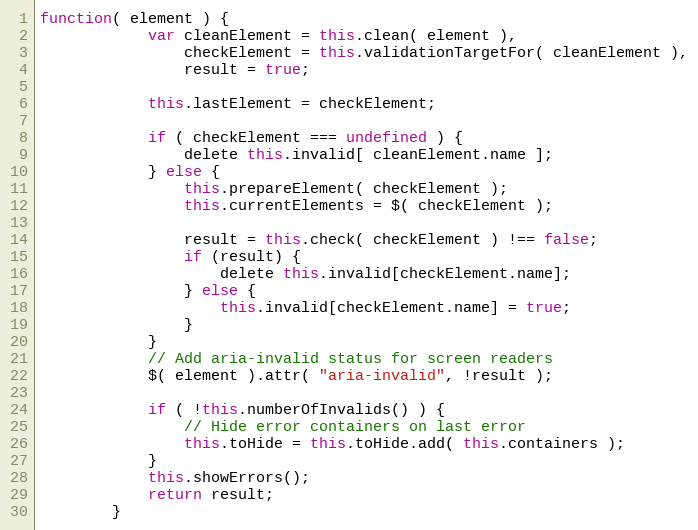
Language: JavaScript
function( element ) {
			var cleanElement = this.clean( element ),
				checkElement = this.validationTargetFor( cleanElement ),
				result = true;

			this.lastElement = checkElement;

			if ( checkElement === undefined ) {
				delete this.invalid[ cleanElement.name ];
			} else {
				this.prepareElement( checkElement );
				this.currentElements = $( checkElement );

				result = this.check( checkElement ) !== false;
				if (result) {
					delete this.invalid[checkElement.name];
				} else {
					this.invalid[checkElement.name] = true;
				}
			}
			// Add aria-invalid status for screen readers
			$( element ).attr( "aria-invalid", !result );

			if ( !this.numberOfInvalids() ) {
				// Hide error containers on last error
				this.toHide = this.toHide.add( this.containers );
			}
			this.showErrors();
			return result;
		}